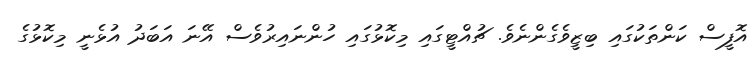
އޮފީސް ކަންތަކުގައި ބިޒީވެގެންނެވެ. ޗުއްޓީގައި މިކޮޅުގައި ހުންނައިރުވެސް އޭނަ އަބަދު އުޅެނީ މިކޮޅުގެ